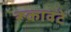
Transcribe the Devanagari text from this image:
रूकावटे